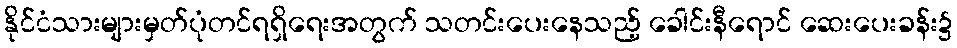
နိုင်ငံသားများမှတ်ပုံတင်ရရှိရေးအတွက် သတင်းပေးနေသည့် ခေါင်းနီရောင် ဆေးပေးခန်း၌